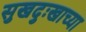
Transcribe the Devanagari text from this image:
सुखदुःखाच्या